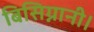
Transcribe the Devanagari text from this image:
बिसिग्नानी।